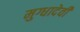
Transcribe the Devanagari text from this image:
मुग्धादेवी